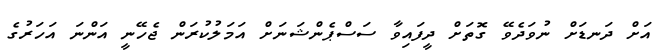
އަށް ދަނޑަށް ނުވަދެވޭ ގޮތަށް ދީފައިވާ ސަސްޕެންޝަނަށް އަމަލުކުރަން ޖެހޭނީ އަންނަ އަހަރުގެ